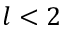
l < 2